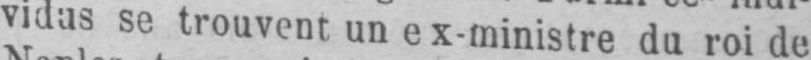
vidus se trouvent un ex-ministre du roi de